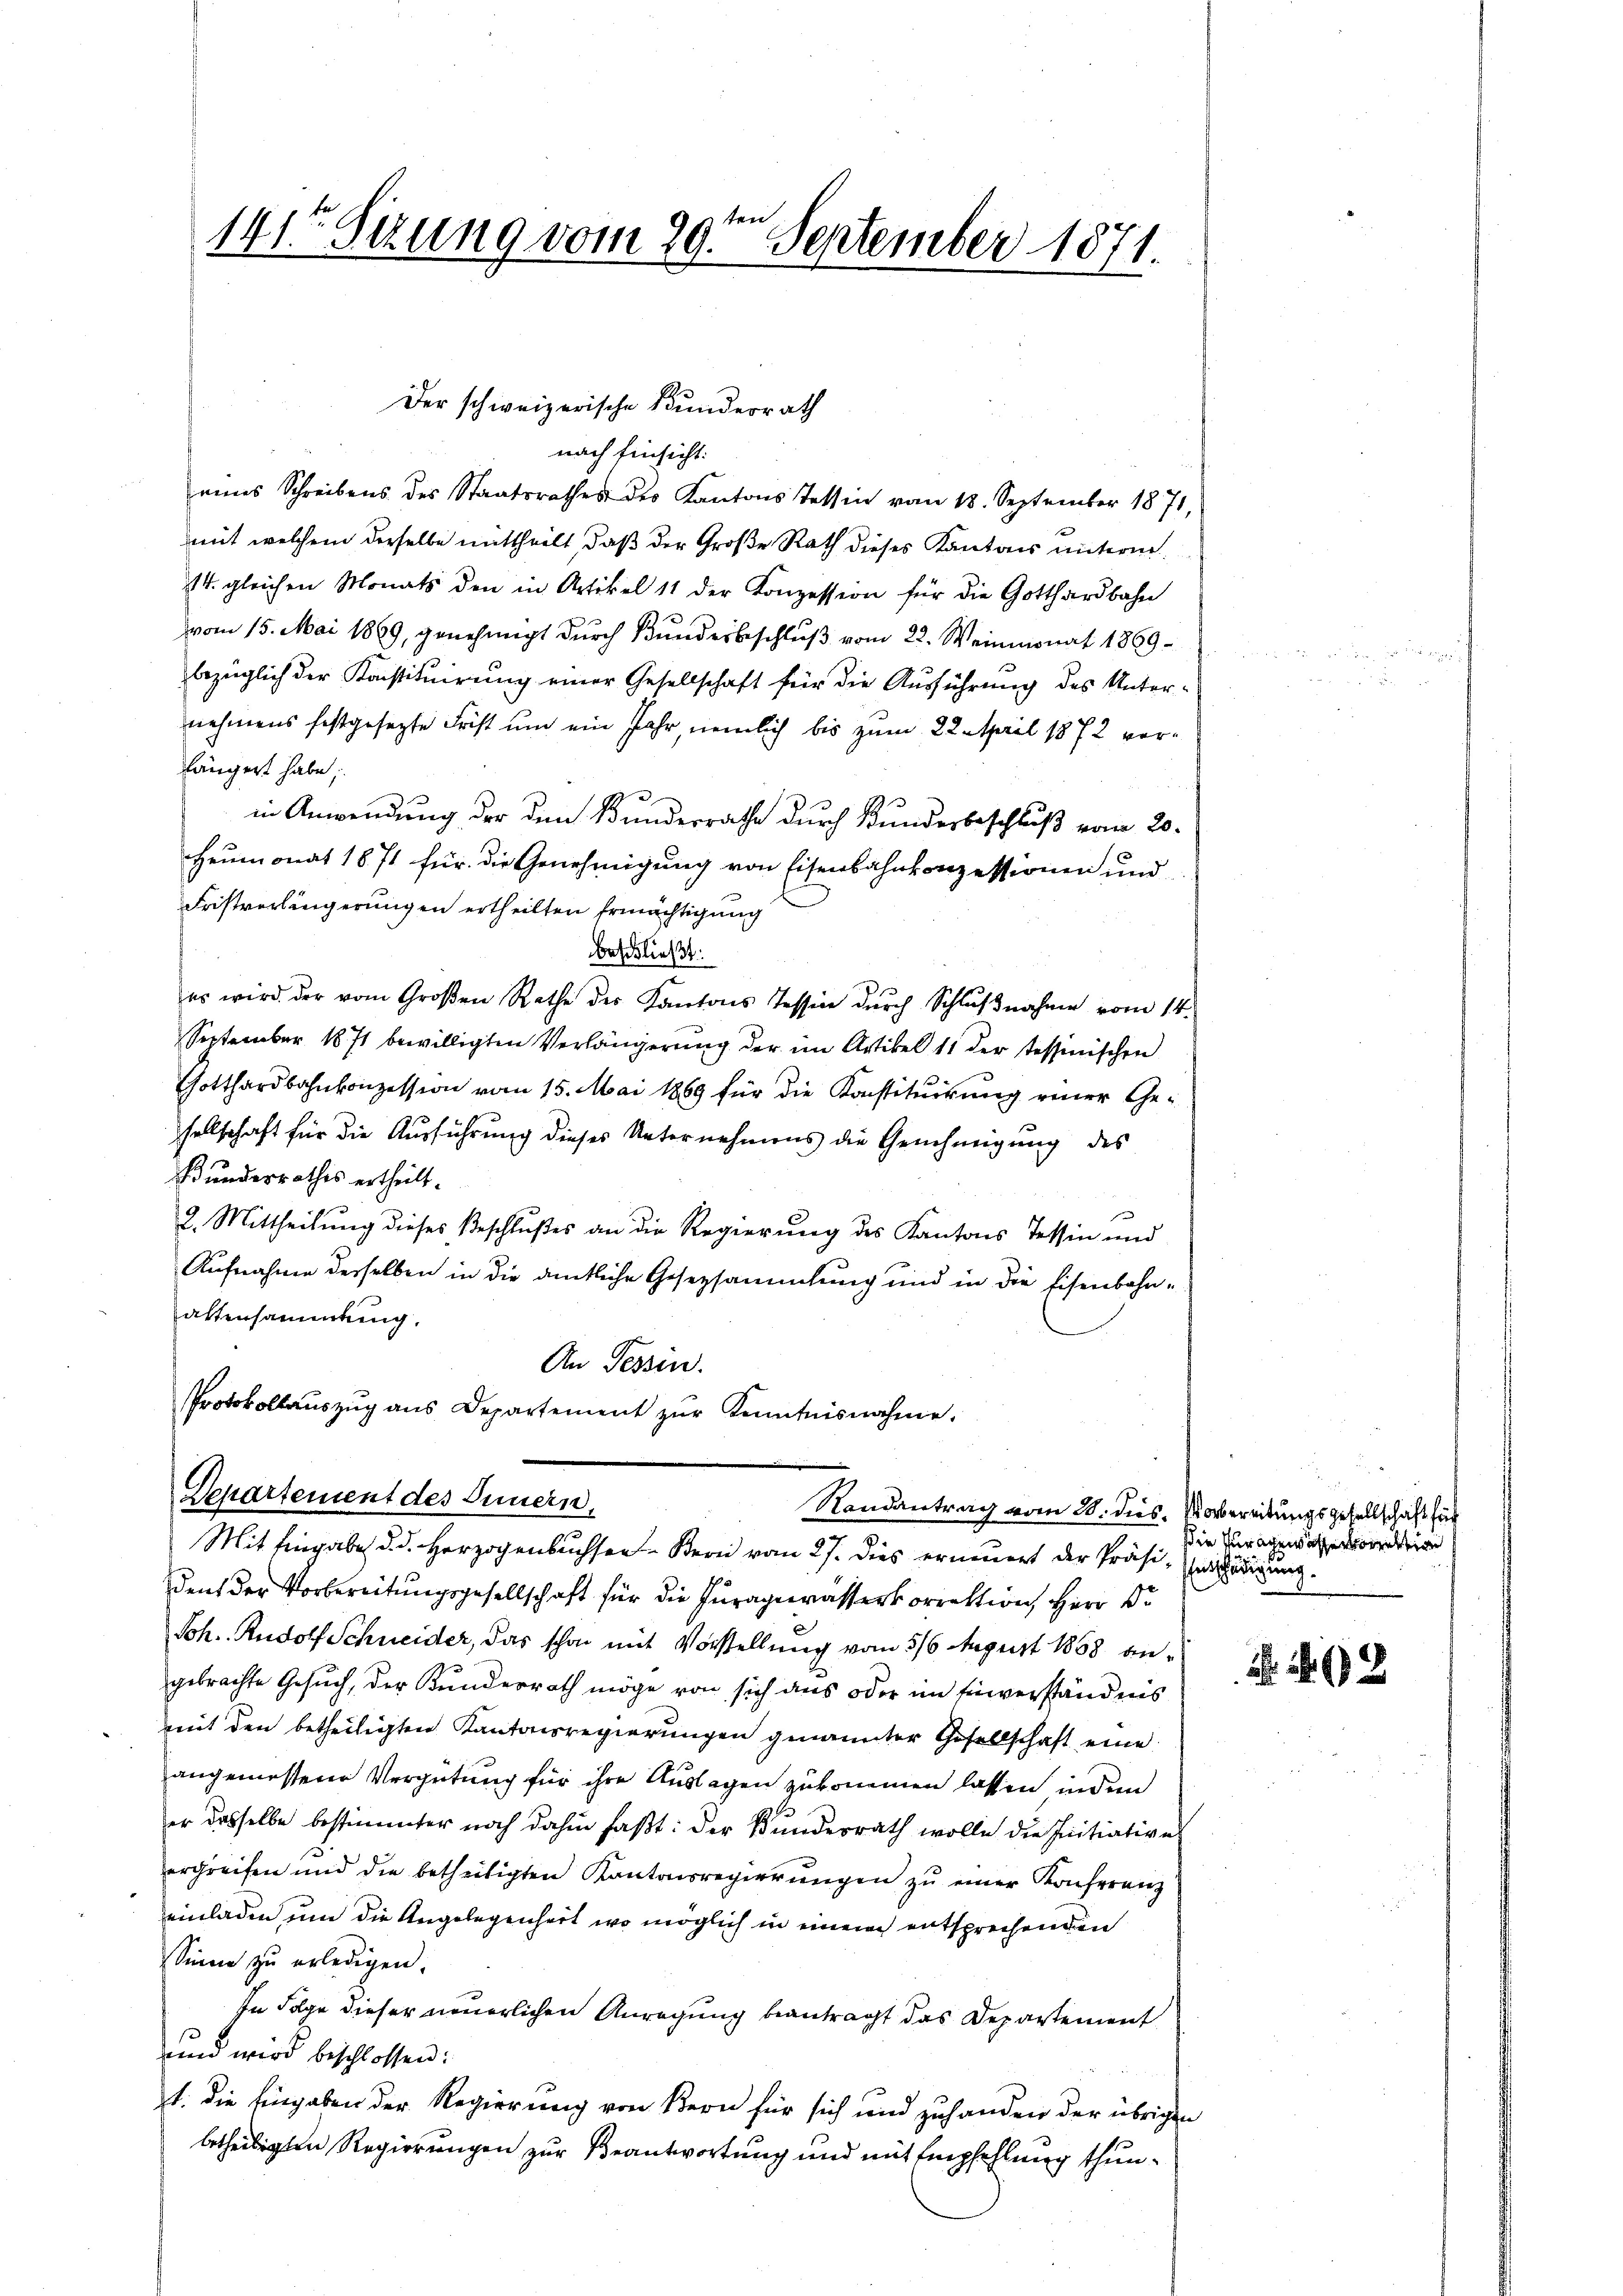
e
141te Sitzung vom 29. September 1871.

Der schweizerische Bundesrath
nach Einsicht:
eines Schreibens des Staatsrathes der Kantons Tettin vom 18. September 1871,
mit welchem derselbe mittheilt, daß der Große Rath dieses Kantons unterne
4. gleichen Monats den in Artikel 11 der Konzession für die Gotthardbahn
vom 15. Mai 1869, genehmigt durch Bundesbeschluß vom 22. Weinmonat 1869
bezüglich der Konstituirung einer Gesellschaft für die Ausführung des Unternehmens festgesezte Frist um ein Jahr, nemlich bis zum 22. April 1872 vorlängert habe.
in Anwendung der den Bundesrathe durch Kundesbeschluß vom 20.
Heumonat 1871 für die Genehmigung von Eisenbahnkonzessionen und
Fristverlängerungen ertheilten Ermächtigung
beschließt:
es wird der vom Groβen Rathe der Kantons Tessin dŭrch Schlŭβnahme vom 14.
September 1871 bewilligten Verlängerung der im Artikel 11 der stessinischen
Gotthardbahnkonzession vom 15. Mai 1869 für die Konstitŭirŭng einer Gesellschaft für die Ausführung dieses Unternehmens die Genehmigung des
Bunderrathes ertheilt.
2. Mittheilung dieses Beschlußes an die Regierung des Kantons Tessin und
Aufnahme derselben in die amtliche Gesetzsammlung und in die Eisenbahnaltensammlung.
An Tessin.
Protokollauszug aus Departement zur Kenntnisnahme.

Departement des Innern,
Randantrag vom 20. dies. Vorbereitungsgesellschaft für
Mit Eingabe d. d. Herzogenbuchsen Bern vom 27. dies erneuert der Präsi-millerdingung

dent der Vorbereitungsgesellschaft für die Juragerasserkorrektion Herr Dr.
Joh. Rudolf Schneider, das schon mit Vorstellung vom 316. August 1858 angebrachte Gesuch, der Kunderrath möge von sich aus oder im Einverständnis
mit den betheiligten Kantonsregierungen genannter Gesellschaft eine
angemessene Vergütung für ihre Auslagen zukommen lassen, indem
er dasselbe bestimmter noch dahin faßt: der Bŭndesrath wolle die Initiative
ergreifen und die betheiligten Kantonsregierungen zu einer Konferenz
einladen um die Angelegenheit, wo möglich in einem entsprechenden
Sinne zu erledigen.
In Folge dieser neuerlichen Anregung beantragt das Departement
und wird beschlossen:
1. die Eingaben der Regierung von Bern für sich und zuhanden der übrigen
betheiligten Regierungen zur Beantwortung und mit Empfehlung thun¬

die Zuragen ist wi

e

2